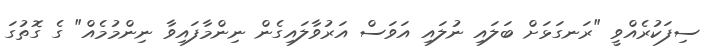
ސިފަކުރެއްވީ "ރަނގަޅަށް ބަލައި ނުލައި އަވަސް އަރުވާލައިގެން ނިންމާފައިވާ ނިންމުމެއް" ގެ ގޮތުގަ